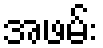
အဖမ်း